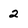
Character: 2